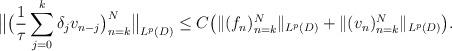
LaTeX: \begin{align*}\big\|\big(\frac1\tau \sum_{j=0}^k \delta_j v_{n-j}\big)_{n=k}^N\big\|_{L^p(D)}\le C\big (\|(f_n)_{n=k}^N\|_{L^p(D)}+ \|(v_n)_{n=k}^N\|_{L^p(D)}\big ) .\end{align*}